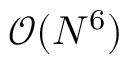
\mathcal { O } ( N ^ { 6 } )